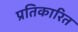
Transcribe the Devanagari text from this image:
प्रतिकारित